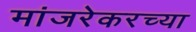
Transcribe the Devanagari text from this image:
मांजरेकरच्या